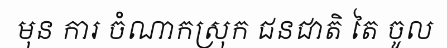
មុន ការ ចំណាកស្រុក ជនជាតិ តៃ ចូល